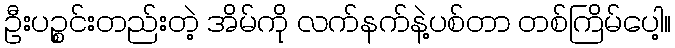
ဦးပဉ္စင်းတည်းတဲ့ အိမ်ကို လက်နက်နဲ့ပစ်တာ တစ်ကြိမ်ပေါ့။